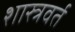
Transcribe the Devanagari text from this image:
शास्त्रवर्त